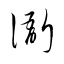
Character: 衙